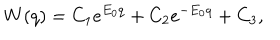
LaTeX: W ( q ) = C _ { 1 } e ^ { E _ { 0 } q } + C _ { 2 } e ^ { - E _ { 0 } q } + C _ { 3 } ,